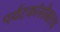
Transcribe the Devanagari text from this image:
पर्यटकांसोबतच